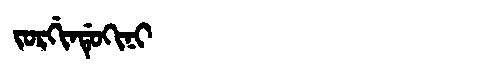
Manchu: ᠵᠣᡵᡤᡳᠨᡩᡠᡴᡳᠨᡳ
Romanization: JORGINDUKINI